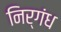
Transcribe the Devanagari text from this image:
निर्गंध